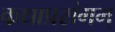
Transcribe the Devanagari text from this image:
कथाप्रसंगम्